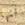
انها